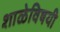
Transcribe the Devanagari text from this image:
शाळेविषयी